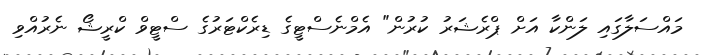
މައްސަލާގައި ލަންކާ އަށް ޕްރެޝަރު ކުރުން" އެމްނެސްޓީގެ ޑިރެކްޓަރުގެ ސްޓީވް ކްރީޝޯ ނެރުއްވި